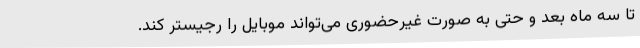
تا سه ماه بعد و حتی به صورت غیرحضوری می‌تواند موبایل را رجیستر کند.